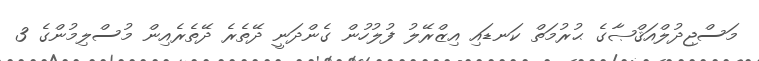
މަސްޖިދުލްއަޤްޞާގެ ޙުރުމަތް ކަނޑައި އިޒްރޭލު ފުލުހުން ގެންދަނީ ދޭތެރެ ދޭތެރެއިން މުސްލިމުންގެ 3